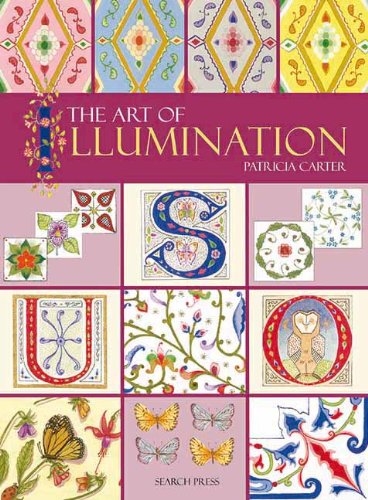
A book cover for The Art of Illumination; Patricia Carter; Arts & Photography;